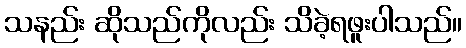
သနည်း ဆိုသည်ကိုလည်း သိခဲ့ရဖူးပါသည်။